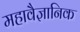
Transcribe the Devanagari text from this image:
महावैज्ञानिक